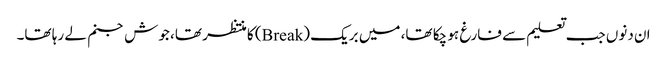
ان دنوں جب تعلیم سے فارغ ہو چکا تھا، میں بریک (Break) کا منتظر تھا، جوش جنم لے رہا تھا۔